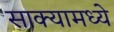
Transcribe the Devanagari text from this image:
साक्यामध्ये